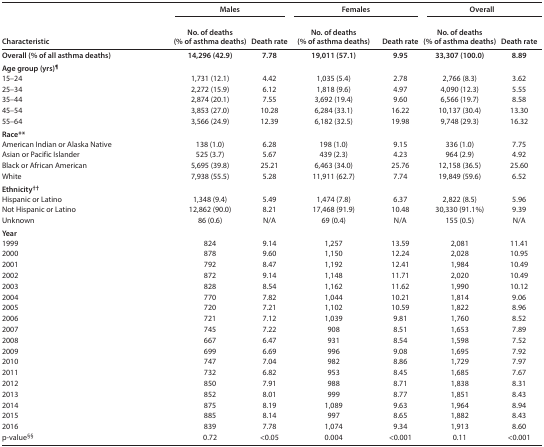
<table><thead><tr><td rowspan="2"><b>Characteristic</b></td><td colspan="2"><b>Males</b></td><td colspan="2"><b>Females</b></td><td colspan="2"><b>Overall</b></td></tr><tr><td><b>No. of deaths (% of asthma deaths)</b></td><td><b>Death rate</b></td><td><b>No. of deaths (% of asthma deaths)</b></td><td><b>Death rate</b></td><td><b>No. of deaths (% of asthma deaths)</b></td><td><b>Death rate</b></td></tr></thead><tbody><tr><td><b>Overall (% of all asthma deaths)</b></td><td>14,296 (42.9)</td><td>7.78</td><td>19,011 (57.1)</td><td>9.95</td><td>33,307 (100.0)</td><td>8.89</td></tr><tr><td colspan="7"><b>Age group (yrs)</b><sup>¶</sup></td></tr><tr><td>15–24</td><td>1,731 (12.1)</td><td>4.42</td><td>1,035 (5.4)</td><td>2.78</td><td>2,766 (8.3)</td><td>3.62</td></tr><tr><td>25–34</td><td>2,272 (15.9)</td><td>6.12</td><td>1,818 (9.6)</td><td>4.97</td><td>4,090 (12.3)</td><td>5.55</td></tr><tr><td>35–44</td><td>2,874 (20.1)</td><td>7.55</td><td>3,692 (19.4)</td><td>9.60</td><td>6,566 (19.7)</td><td>8.58</td></tr><tr><td>45–54</td><td>3,853 (27.0)</td><td>10.28</td><td>6,284 (33.1)</td><td>16.22</td><td>10,137 (30.4)</td><td>13.30</td></tr><tr><td>55–64</td><td>3,566 (24.9)</td><td>12.39</td><td>6,182 (32.5)</td><td>19.98</td><td>9,748 (29.3)</td><td>16.32</td></tr><tr><td colspan="7"><b>Race**</b></td></tr><tr><td>American Indian or Alaska Native</td><td>138 (1.0)</td><td>6.28</td><td>198 (1.0)</td><td>9.15</td><td>336 (1.0)</td><td>7.75</td></tr><tr><td>Asian or Pacific Islander</td><td>525 (3.7)</td><td>5.67</td><td>439 (2.3)</td><td>4.23</td><td>964 (2.9)</td><td>4.92</td></tr><tr><td>Black or African American</td><td>5,695 (39.8)</td><td>25.21</td><td>6,463 (34.0)</td><td>25.76</td><td>12,158 (36.5)</td><td>25.60</td></tr><tr><td>White</td><td>7,938 (55.5)</td><td>5.28</td><td>11,911 (62.7)</td><td>7.74</td><td>19,849 (59.6)</td><td>6.52</td></tr><tr><td colspan="7"><b>Ethnicity<sup>††</sup></b></td></tr><tr><td>Hispanic or Latino</td><td>1,348 (9.4)</td><td>5.49</td><td>1,474 (7.8)</td><td>6.37</td><td>2,822 (8.5)</td><td>5.96</td></tr><tr><td>Not Hispanic or Latino</td><td>12,862 (90.0)</td><td>8.21</td><td>17,468 (91.9)</td><td>10.48</td><td>30,330 (91.1%)</td><td>9.39</td></tr><tr><td>Unknown</td><td>86 (0.6)</td><td>N/A</td><td>69 (0.4)</td><td>N/A</td><td>155 (0.5)</td><td>N/A</td></tr><tr><td colspan="7"><b>Year</b></td></tr><tr><td>1999</td><td>824</td><td>9.14</td><td>1,257</td><td>13.59</td><td>2,081</td><td>11.41</td></tr><tr><td>2000</td><td>878</td><td>9.60</td><td>1,150</td><td>12.24</td><td>2,028</td><td>10.95</td></tr><tr><td>2001</td><td>792</td><td>8.47</td><td>1,192</td><td>12.41</td><td>1,984</td><td>10.49</td></tr><tr><td>2002</td><td>872</td><td>9.14</td><td>1,148</td><td>11.71</td><td>2,020</td><td>10.49</td></tr><tr><td>2003</td><td>828</td><td>8.54</td><td>1,162</td><td>11.62</td><td>1,990</td><td>10.12</td></tr><tr><td>2004</td><td>770</td><td>7.82</td><td>1,044</td><td>10.21</td><td>1,814</td><td>9.06</td></tr><tr><td>2005</td><td>720</td><td>7.21</td><td>1,102</td><td>10.59</td><td>1,822</td><td>8.96</td></tr><tr><td>2006</td><td>721</td><td>7.12</td><td>1,039</td><td>9.81</td><td>1,760</td><td>8.52</td></tr><tr><td>2007</td><td>745</td><td>7.22</td><td>908</td><td>8.51</td><td>1,653</td><td>7.89</td></tr><tr><td>2008</td><td>667</td><td>6.47</td><td>931</td><td>8.54</td><td>1,598</td><td>7.52</td></tr><tr><td>2009</td><td>699</td><td>6.69</td><td>996</td><td>9.08</td><td>1,695</td><td>7.92</td></tr><tr><td>2010</td><td>747</td><td>7.04</td><td>982</td><td>8.86</td><td>1,729</td><td>7.97</td></tr><tr><td>2011</td><td>732</td><td>6.82</td><td>953</td><td>8.45</td><td>1,685</td><td>7.67</td></tr><tr><td>2012</td><td>850</td><td>7.91</td><td>988</td><td>8.71</td><td>1,838</td><td>8.31</td></tr><tr><td>2013</td><td>852</td><td>8.01</td><td>999</td><td>8.77</td><td>1,851</td><td>8.43</td></tr><tr><td>2014</td><td>875</td><td>8.19</td><td>1,089</td><td>9.63</td><td>1,964</td><td>8.94</td></tr><tr><td>2015</td><td>885</td><td>8.14</td><td>997</td><td>8.65</td><td>1,882</td><td>8.43</td></tr><tr><td>2016</td><td>839</td><td>7.78</td><td>1,074</td><td>9.34</td><td>1,913</td><td>8.60</td></tr><tr><td><b>p-value<sup>§§</sup></b></td><td><b>0.72</b></td><td><b>&lt;0.05</b></td><td><b>0.004</b></td><td><b>&lt;0.001</b></td><td><b>0.11</b></td><td><b>&lt;0.001</b></td></tr></tbody></table>